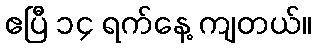
ဧပြီ ၁၄ ရက်နေ့ ကျတယ်။